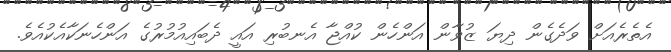
އެތެރެއަށް ވަދެގެން ދިޔަ ޒުވާން އަންހެން ކުއްޖާ އެނބުރި އައީ ދެބައިއުމުރުގެ އަންހެނަކާއެކުއެވެ.